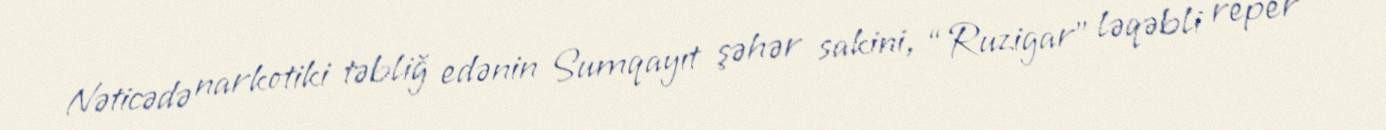
Nəticədə narkotiki təbliğ edənin Sumqayıt şəhər sakini, “Ruzigar” ləqəbli reper